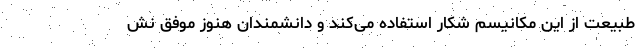
طبیعت از این مکانیسم شکار استفاده می‌کند و دانشمندان هنوز موفق نش